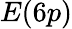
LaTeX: E(6p)